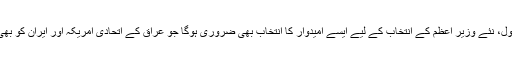
اُن کے بقول، نئے وزیرِ اعظم کے انتخاب کے لیے ایسے امیدوار کا انتخاب بھی ضروری ہوگا جو عراق کے اتحادی امریکہ اور ایران کو بھی قبول ہو۔